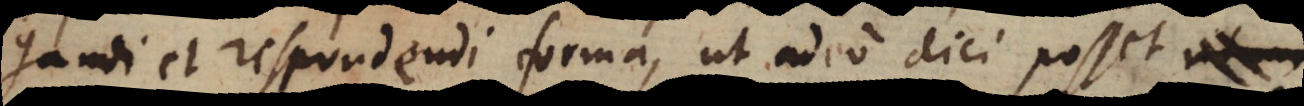
et respondendi forma, ut adeo dici posset